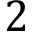
2